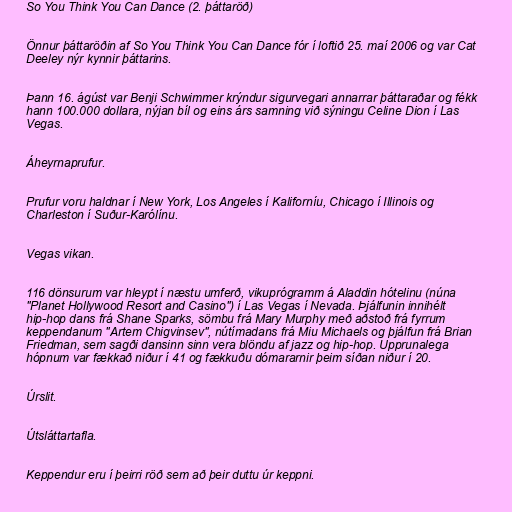
So You Think You Can Dance (2. þáttaröð)

Önnur þáttaröðin af So You Think You Can Dance fór í loftið 25. maí 2006 og var Cat
Deeley nýr kynnir þáttarins.

Þann 16. ágúst var Benji Schwimmer krýndur sigurvegari annarrar þáttaraðar og fékk
hann 100.000 dollara, nýjan bíl og eins árs samning við sýningu Celine Dion í Las
Vegas.

Áheyrnaprufur.

Prufur voru haldnar í New York, Los Angeles í Kaliforníu, Chicago í Illinois og
Charleston í Suður-Karólínu.

Vegas vikan.

116 dönsurum var hleypt í næstu umferð, vikuprógramm á Aladdin hótelinu (núna
"Planet Hollywood Resort and Casino") í Las Vegas í Nevada. Þjálfunin innihélt
hip-hop dans frá Shane Sparks, sömbu frá Mary Murphy með aðstoð frá fyrrum
keppendanum "Artem Chigvinsev", nútímadans frá Miu Michaels og þjálfun frá Brian
Friedman, sem sagði dansinn sinn vera blöndu af jazz og hip-hop. Upprunalega
hópnum var fækkað niður í 41 og fækkuðu dómararnir þeim síðan niður í 20.

Úrslit.

Útsláttartafla.

Keppendur eru í þeirri röð sem að þeir duttu úr keppni.